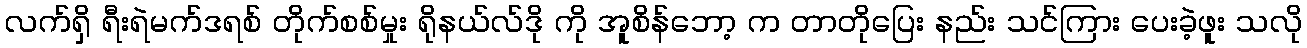
လက်ရှိ ရီးရဲမက်ဒရစ် တိုက်စစ်မှုး ရိုနယ်လ်ဒို ကို အူစိန်ဘော့ က တာတိုပြေး နည်း သင်ကြား ပေးခဲ့ဖူး သလို